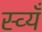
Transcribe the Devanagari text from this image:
स्व्यँ